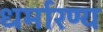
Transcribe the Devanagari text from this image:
धर्मारण्य